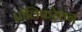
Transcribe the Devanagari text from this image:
प्रोलिफरेशन